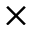
\times